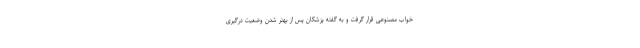
خواب مصنوعی قرار گرفت و به گفته پزشکان پس از بهتر شدن وضعیت درگیری